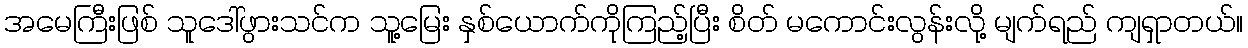
အမေကြီးဖြစ် သူဒေါ်ဖွားသင်က သူ့မြေး နှစ်ယောက်ကိုကြည့်ပြီး စိတ် မကောင်းလွန်းလို့ မျက်ရည် ကျရှာတယ်။